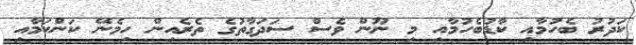
ކަދުރު ބެހުމާއި ކާޑުބެހުމާއި މި ނޫން ވެސް ސަދަގާތުގެ ތެރެއިން ހިމެނޭ ކަންކަމާއި